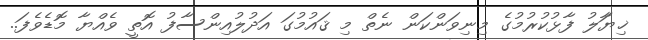
ޚިޔަާލު ފާޅުކުރުމުގެ މިނިވަންކަން ނެތް މި ޤައުމުގަ އަދުލުއިންސާފު އޮތީ ވެއްޔާ މޮޑެވެފަ..